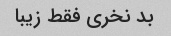
بد نخری فقط زیبا